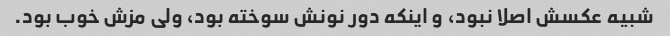
شبیه عکسش اصلا نبود، و اینکه دور نونش سوخته بود، ولی مزش خوب بود.